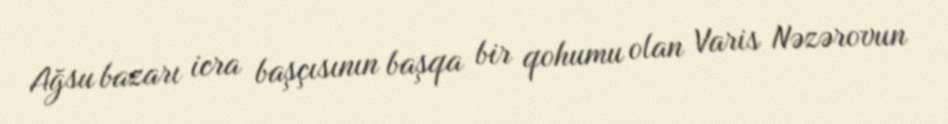
Ağsu bazarı icra başçısının başqa bir qohumu olan Varis Nəzərovun